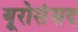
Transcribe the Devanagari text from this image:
यूरोसंसद